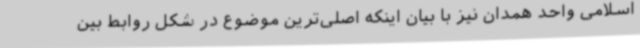
اسلامی واحد همدان نیز با بیان اینکه اصلی‌ترین موضوع در شکل روابط بین